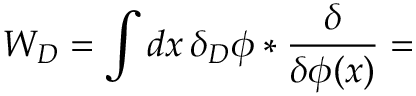
W _ { D } = \int d x \, \delta _ { D } \phi * { \frac { \delta } { \delta \phi ( x ) } } =